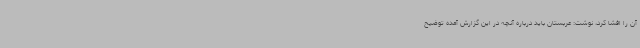
آن را افشا کرد، نوشت: عربستان باید درباره آنچه در این گزارش آمده توضیح